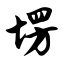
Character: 塄